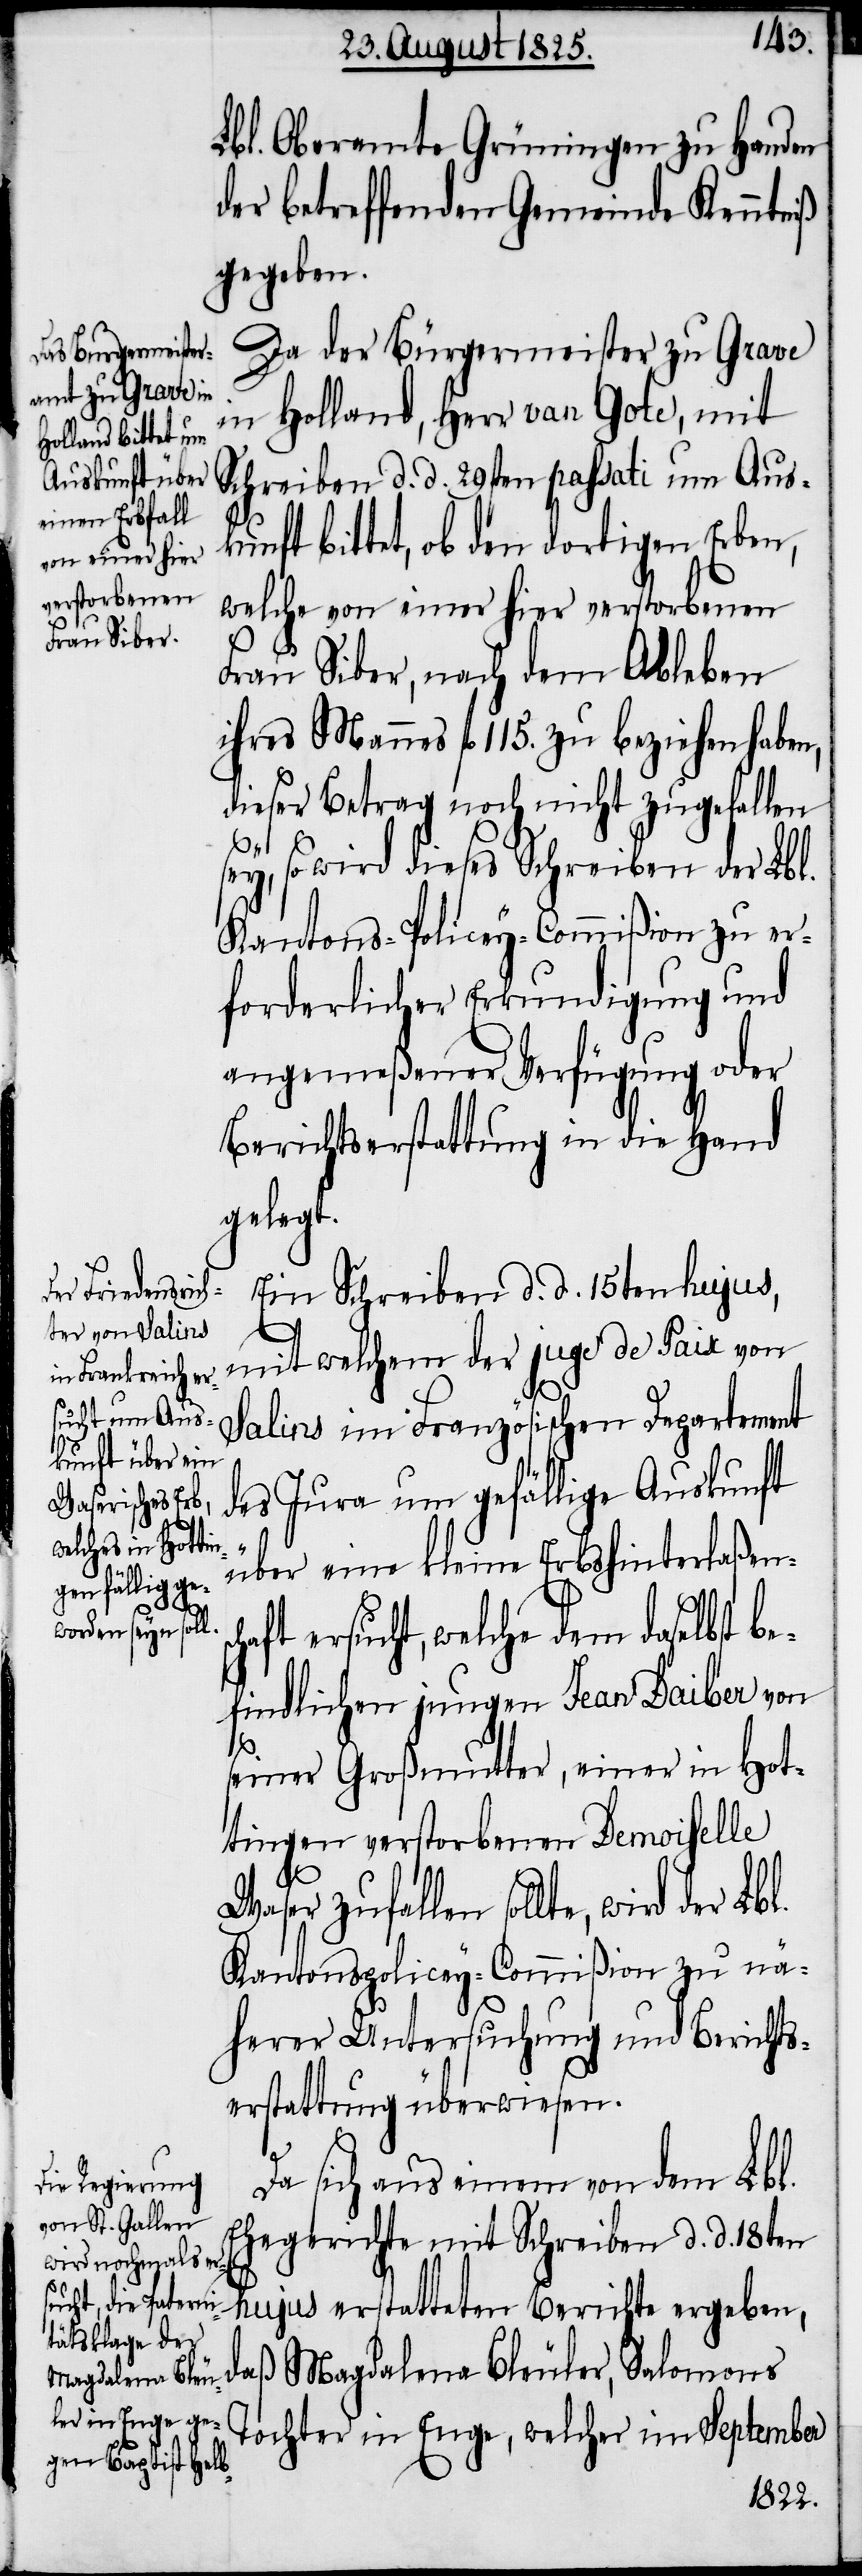
Waser zuf¬

Lbl. Oberamte Grüningen zu Handen
der betreffenden Gemeinde Kenntniß
gegeben.
Da der Bürgermeister zu Grave
in Holland, Herr van Gote, mit
Schreiben d. d. 29sten passati um Ausk¬
unft bittet, ob denn dortigen Erben,
welche von einer hier verstorbenen
Frau Siber, nach dem Ableben
ihres Mannes fl. 115. zu beziehen haben,
dieser Betrag noch nicht zugefallen
sch¬
sey, so wird dieses Schreiben der Lbl.
Kantons-Policey-Commißion zu er¬
forderlicher Erkundigung und
angemeßener Verfügung oder
Berichtserstattung in die Hand
gelegt.
Ein Schreiben d. d. 15ten hujus,
mit welchem der juge de Paix von
Salins im Französischen Departement
des Jura um gefällige Auskunft
über eine kleine Erbshinterlaßen¬
aft ersucht, welche dem daselbst b¬
efindlichen jungen Jean Daiber von
seiner Großmutter, einer in Hot¬
tingen verstorbenen Demoiselle
allen sollte, wird der Lbl.
Kantonspolicey-Commißion zu nä¬
herer Untersuchung und Berichts¬
erstattung überwiesen.
Da sich aus einem von dem Lbl.
Ehegerichte mit Schreiben d. d. 18ten
hujus erstatteten Berichte ergeben,
daß Magdalena Bleuler, Salomons
Tochter in Enge, welcher im September